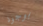
بوجود